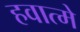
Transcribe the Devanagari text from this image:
हवात्मे